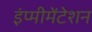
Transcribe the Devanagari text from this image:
इंप्मीमेंटेशन